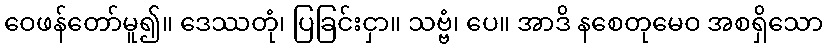
ဝေဖန်တော်မူ၍။ ဒေဿတုံ၊ ပြခြင်းငှာ။ သဗ္ဗံ၊ ပေ။ အာဒိ နစေတုမေဝ အစရှိသော